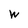
Character: W